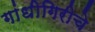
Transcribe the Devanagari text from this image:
गांधीगिरीचे